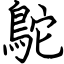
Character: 鴕